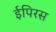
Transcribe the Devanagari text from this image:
ईपिरस